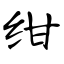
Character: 绀